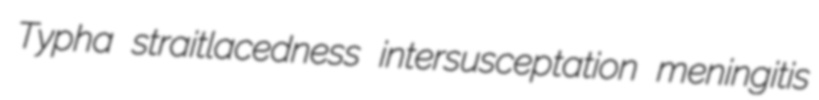
Typha straitlacedness intersusceptation meningitis